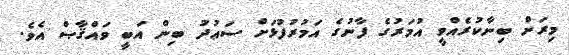
މިރަށް ބިނާކުރެއްވީ އުމަރުގެ ފާނުގެ އަމުރުފުޅަށް ސަޢުދު ބިން އަބީ ވައްޤާޞް އެވެ.